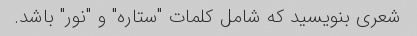
شعری بنویسید که شامل کلمات "ستاره" و "نور" باشد.